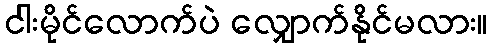
ငါးမိုင်လောက်ပဲ လျှောက်နိုင်မလား။